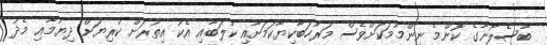
ބާސެލޯނާގެ ކޮންމެ ނިންމުމަކަށްވެސް މަރުހަބާކިޔާކަމަށާއި ކުލަބާއި އެކު އިތުރަށް ކުރިޔަށް ދިޔުމާއި މެދު